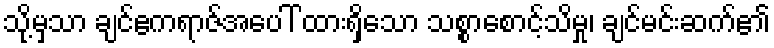
သို့မှသာ ချင်ဧကရာဇ်အပေါ် ထားရှိသော သစ္စာစောင့်သိမှု၊ ချင်မင်းဆက်၏